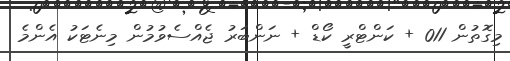
މިގޮތުން 011 + ކަންޓްރީ ކޯޑް + ނަންބަރު ޖެއްސެވުމުން މިނެޓަކު އެންމެ